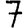
Digit: 7